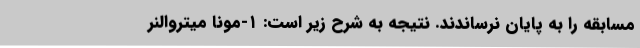
مسابقه را به پایان نرساندند. نتیجه به شرح زیر است: ۱-مونا میتروالنر